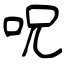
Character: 呪